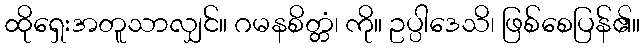
ထိုရှေးအတူသာလျှင်။ ဂမနစိတ္တံ၊ ကို။ ဥပ္ပါဒေသိ၊ ဖြစ်စေပြန်၏။